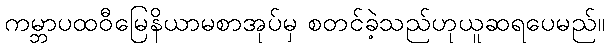
ကမ္ဘာပထဝီမြေနိယာမစာအုပ်မှ စတင်ခဲ့သည်ဟုယူဆရပေမည်။